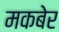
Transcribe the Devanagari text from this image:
मकबेर